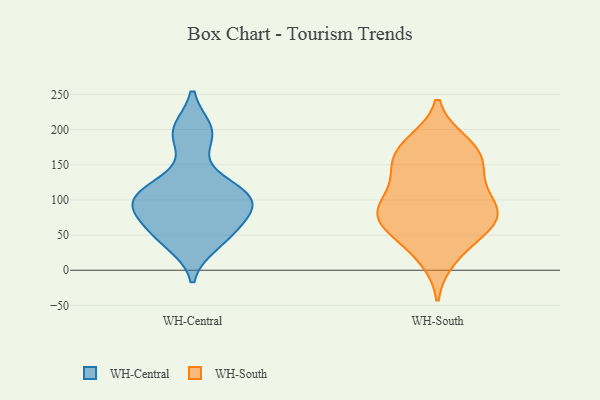
{"axis": {"x": "Headcount", "y": "Value"}, "legend": ["WH-Central", "WH-South"], "data": [{"x": "", "y": 199, "type": "WH-Central"}, {"x": "", "y": 54, "type": "WH-Central"}, {"x": "", "y": 38, "type": "WH-Central"}, {"x": "", "y": 110, "type": "WH-Central"}, {"x": "", "y": 88, "type": "WH-Central"}, {"x": "", "y": 56, "type": "WH-Central"}, {"x": "", "y": 104, "type": "WH-Central"}, {"x": "", "y": 192, "type": "WH-Central"}, {"x": "", "y": 94, "type": "WH-Central"}, {"x": "", "y": 124, "type": "WH-Central"}, {"x": "", "y": 92, "type": "WH-Central"}, {"x": "", "y": 18, "type": "WH-South"}, {"x": "", "y": 177, "type": "WH-South"}, {"x": "", "y": 129, "type": "WH-South"}, {"x": "", "y": 62, "type": "WH-South"}, {"x": "", "y": 72, "type": "WH-South"}, {"x": "", "y": 93, "type": "WH-South"}, {"x": "", "y": 144, "type": "WH-South"}, {"x": "", "y": 169, "type": "WH-South"}, {"x": "", "y": 77, "type": "WH-South"}, {"x": "", "y": 181, "type": "WH-South"}, {"x": "", "y": 65, "type": "WH-South"}, {"x": "", "y": 33, "type": "WH-South"}, {"x": "", "y": 138, "type": "WH-South"}, {"x": "", "y": 163, "type": "WH-South"}, {"x": "", "y": 91, "type": "WH-South"}, {"x": "", "y": 96, "type": "WH-South"}, {"x": "", "y": 75, "type": "WH-South"}]}